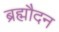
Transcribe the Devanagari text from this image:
ब्रह्मौदन